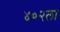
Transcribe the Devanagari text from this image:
४०२ला